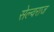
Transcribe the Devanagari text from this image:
सेल्वराज